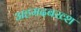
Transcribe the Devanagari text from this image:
अहमदबख्श